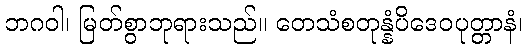
ဘဂဝါ၊ မြတ်စွာဘုရားသည်။ တေသံစတုန္နံပိဒေဝပုတ္တာနံ၊